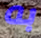
به